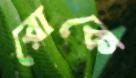
রোকে